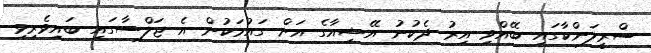
ސްރީލަންކާގައި ބޭއްވި އިރު ދެކުނު އޭޝިއާގެ އަށް ގައުމަކުން އެ ޖަލްސާގައި ބައިވެރިވި